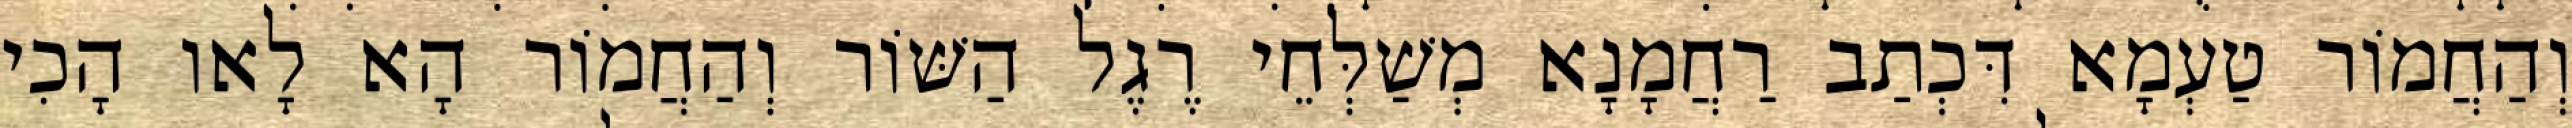
וְהַחֲמוֹר טַעְמָא דִּכְתַב רַחֲמָנָא מְשַׁלְּחֵי רֶגֶל הַשּׁוֹר וְהַחֲמוֹר הָא לָאו הָכִי